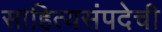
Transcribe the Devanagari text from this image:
साहित्यसंपदेची